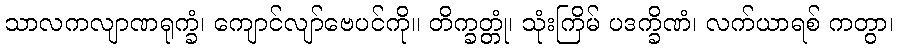
သာလကလျာဏရုက္ခံ၊ ကျောင်လျာ်ဗေပင်ကို။ တိက္ခတ္တုံ၊ သုံးကြိမ် ပဒက္ခိဏံ၊ လက်ယာရစ် ကတွာ၊